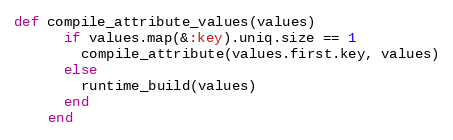
Language: Ruby
def compile_attribute_values(values)
      if values.map(&:key).uniq.size == 1
        compile_attribute(values.first.key, values)
      else
        runtime_build(values)
      end
    end